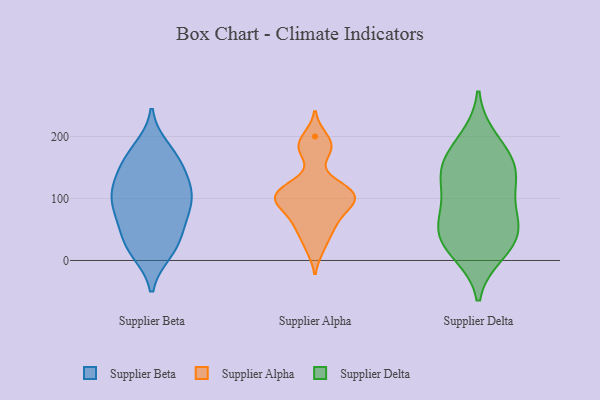
{"axis": {"x": "Website Visitors", "y": "Value"}, "legend": ["Supplier Alpha", "Supplier Beta", "Supplier Delta"], "data": [{"x": "", "y": 14, "type": "Supplier Beta"}, {"x": "", "y": 97, "type": "Supplier Beta"}, {"x": "", "y": 71, "type": "Supplier Beta"}, {"x": "", "y": 109, "type": "Supplier Beta"}, {"x": "", "y": 114, "type": "Supplier Beta"}, {"x": "", "y": 168, "type": "Supplier Beta"}, {"x": "", "y": 28, "type": "Supplier Beta"}, {"x": "", "y": 180, "type": "Supplier Beta"}, {"x": "", "y": 158, "type": "Supplier Beta"}, {"x": "", "y": 92, "type": "Supplier Beta"}, {"x": "", "y": 127, "type": "Supplier Beta"}, {"x": "", "y": 157, "type": "Supplier Beta"}, {"x": "", "y": 121, "type": "Supplier Beta"}, {"x": "", "y": 33, "type": "Supplier Beta"}, {"x": "", "y": 17, "type": "Supplier Beta"}, {"x": "", "y": 61, "type": "Supplier Beta"}, {"x": "", "y": 77, "type": "Supplier Beta"}, {"x": "", "y": 90, "type": "Supplier Alpha"}, {"x": "", "y": 53, "type": "Supplier Alpha"}, {"x": "", "y": 104, "type": "Supplier Alpha"}, {"x": "", "y": 19, "type": "Supplier Alpha"}, {"x": "", "y": 117, "type": "Supplier Alpha"}, {"x": "", "y": 177, "type": "Supplier Alpha"}, {"x": "", "y": 200, "type": "Supplier Alpha"}, {"x": "", "y": 50, "type": "Supplier Alpha"}, {"x": "", "y": 95, "type": "Supplier Alpha"}, {"x": "", "y": 93, "type": "Supplier Alpha"}, {"x": "", "y": 180, "type": "Supplier Alpha"}, {"x": "", "y": 120, "type": "Supplier Alpha"}, {"x": "", "y": 76, "type": "Supplier Alpha"}, {"x": "", "y": 115, "type": "Supplier Alpha"}, {"x": "", "y": 34, "type": "Supplier Delta"}, {"x": "", "y": 153, "type": "Supplier Delta"}, {"x": "", "y": 174, "type": "Supplier Delta"}, {"x": "", "y": 13, "type": "Supplier Delta"}, {"x": "", "y": 43, "type": "Supplier Delta"}, {"x": "", "y": 195, "type": "Supplier Delta"}, {"x": "", "y": 24, "type": "Supplier Delta"}, {"x": "", "y": 143, "type": "Supplier Delta"}, {"x": "", "y": 132, "type": "Supplier Delta"}, {"x": "", "y": 87, "type": "Supplier Delta"}, {"x": "", "y": 72, "type": "Supplier Delta"}, {"x": "", "y": 131, "type": "Supplier Delta"}, {"x": "", "y": 58, "type": "Supplier Delta"}]}